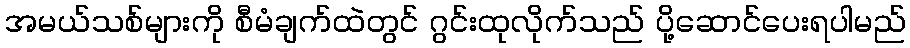
အမယ်သစ်များကို စီမံချက်ထဲတွင် ဂွင်းထုလိုက်သည် ပို့ဆောင်ပေးရပါမည်